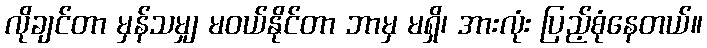
လိုချင်တာ မှန်သမျှ မဝယ်နိုင်တာ ဘာမှ မရှိ၊ အားလုံး ပြည့်စုံနေတယ်။